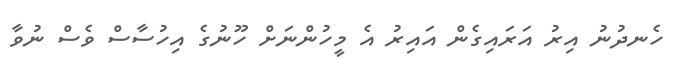
ހެނދުނު އިރު އަރައިގެން އައިރު އެ މީހުންނަށް ހޫނުގެ އިހުސާސް ވެސް ނުވާ